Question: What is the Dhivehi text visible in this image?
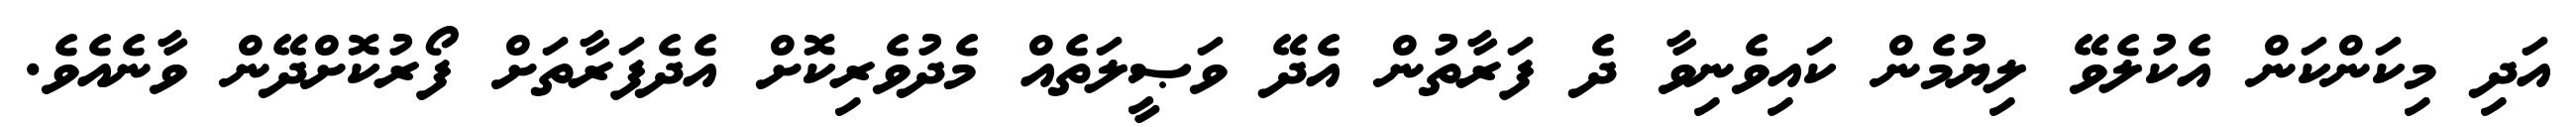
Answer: އަދި މިކަންކަން އެކުލެވޭ ލިޔުމެން ކައިވެނިވާ ދެ ފަރާތުން އެދޭ ވަޞީލަތެއް މެދުވެރިކޮށް އެދެފަރާތަށް ފޯރުކޮށްދޭން ވާނެއެވެ.